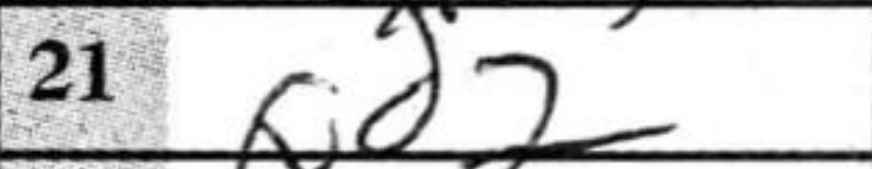
Transcription: Qd2